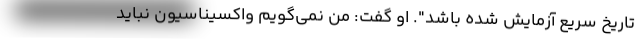
تاریخ سریع آزمایش شده باشد". او گفت: من نمی‌گویم واکسیناسیون نباید